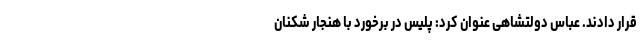
قرار دادند. عباس دولتشاهی عنوان کرد: پلیس در برخورد با هنجار شکنان